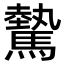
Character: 驇